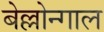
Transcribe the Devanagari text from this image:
बेल्लोन्गाल